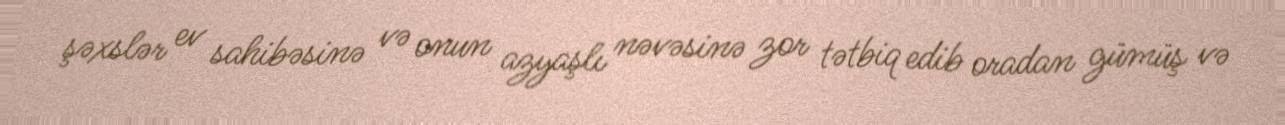
şəxslər ev sahibəsinə və onun azyaşlı nəvəsinə zor tətbiq edib oradan gümüş və